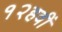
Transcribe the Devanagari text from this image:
१२हवीं